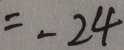
= - 2 4